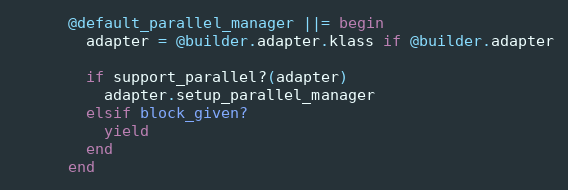
Language: Ruby
      @default_parallel_manager ||= begin
        adapter = @builder.adapter.klass if @builder.adapter

        if support_parallel?(adapter)
          adapter.setup_parallel_manager
        elsif block_given?
          yield
        end
      end